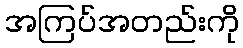
အကြပ်အတည်းကို